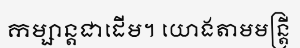
កម្សាន្តជាដើម។ យោងតាមមន្ត្រី